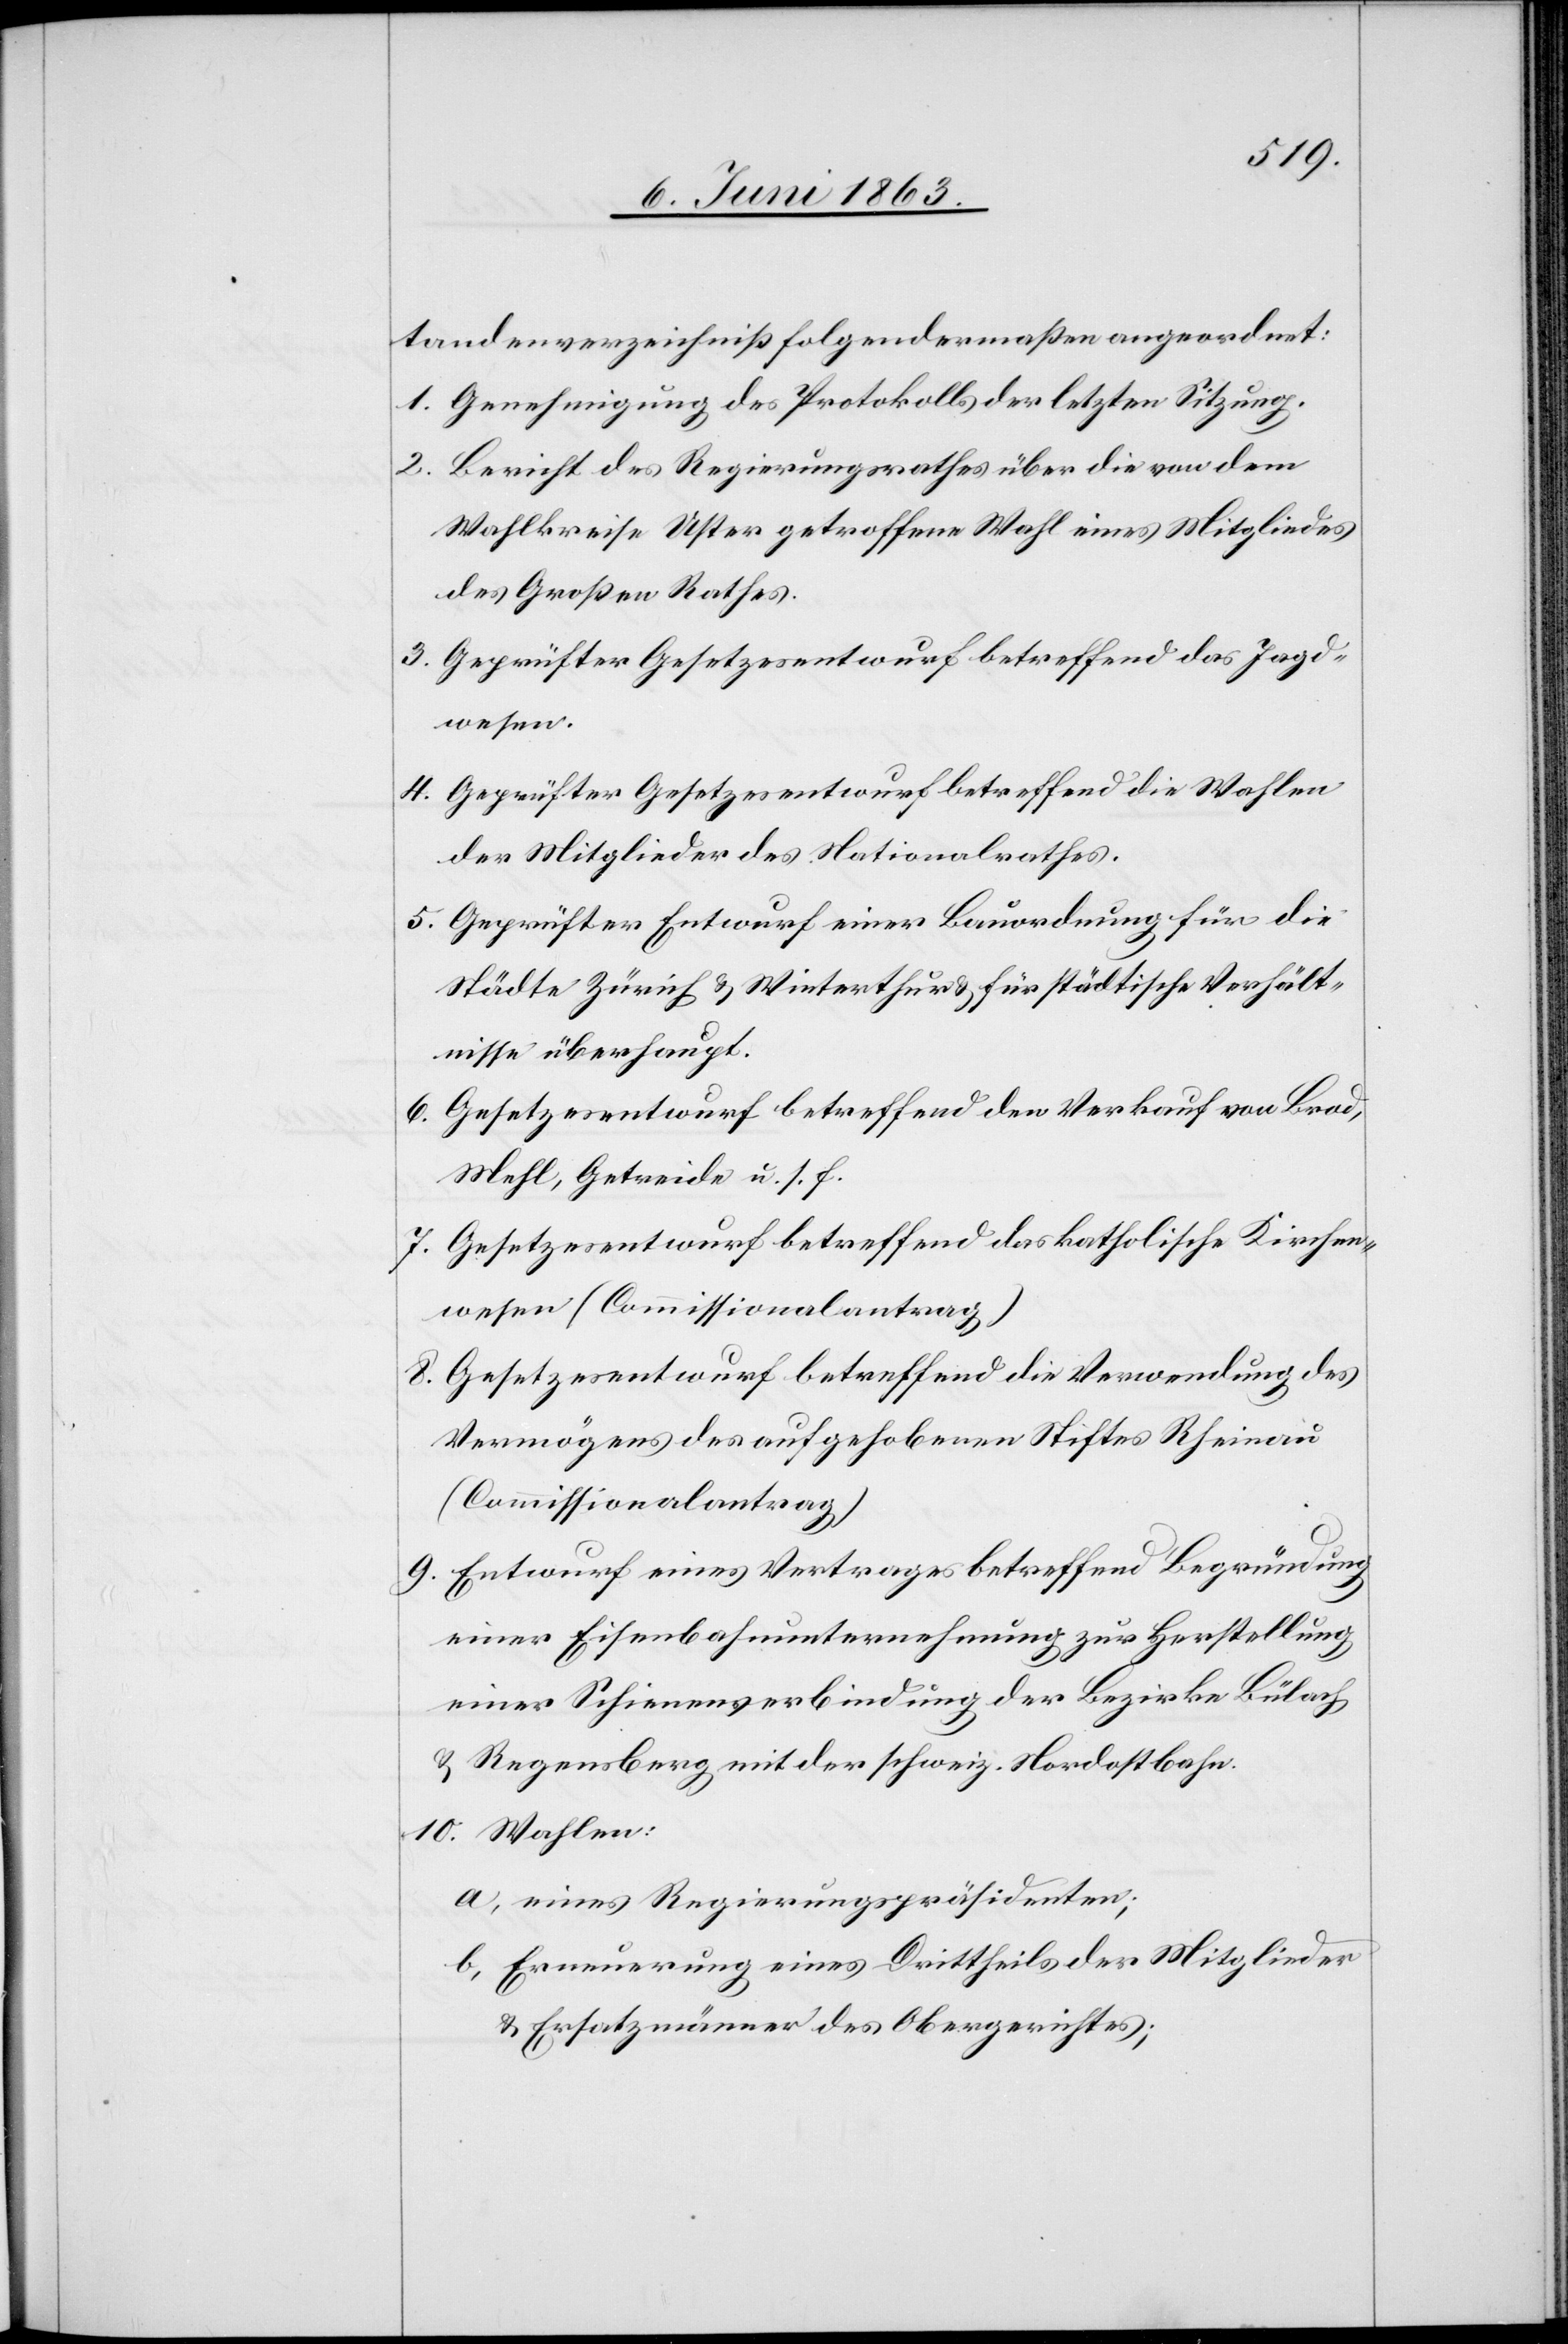
tandenverzeichniß folgendermaßen angeordnet:
1. Genehmigung des Protokolls der letzten Sitzung.
2. Bericht des Regierungsrathes über die von dem
Wahlkreise Uster getroffene Wahl eines Mitgliedes
des Großen Rathes.
3. Geprüfter Gesetzesentwurf betreffend das Jagd¬
wesen.
4. Geprüfter Gesetzesentwurf betreffend die Wahlen
der Mitglieder des Nationalrathes.
5. Geprüfter Entwurf einer Bauordnung für die
Städte Zürich & Winterthur & für städtische Verhält¬
nisse überhaupt.
6. Gesetzesentwurf betreffend den Verkauf von Brod,
Mehl, Getreide u. s. f.
7. Gesetzesentwurf betreffend das katholische Kirchen¬
wesen (Commissionalantrag)
8. Gesetzesentwurf betreffend die Verwendung des
Vermögens des aufgehobenen Stiftes Rheinau
(Commissionalantrag)
9. Entwurf eines Vertrages betreffend Begründung
einer Eisenbahnunternehmung zur Herstellung
einer Schienenverbindung der Bezirke Bülach
& Regensberg mit der schweiz. Nordostbahn.
10. Wahlen:
a. eines Regierungspräsidenten;
b. Erneuerung eines Drittheils der Mitglieder
& Ersatzmänner des Obergerichtes;